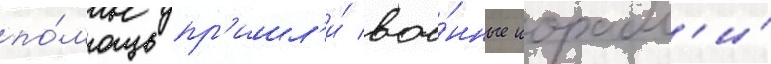
по́мощь пр'ишл'и́ вое́нные корабл'и́